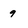
Character: 9